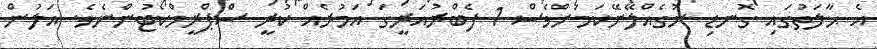
އެ ޙާލަތުގައި ގޮނޑި ނުގެއްލޭނޭކަމަށްވެސް 1 ފެބްރުއަރީގަ އަމުރެއް ކުރީ ސްޕްރީމްކޯޓުންނެވެ. އަލުން